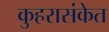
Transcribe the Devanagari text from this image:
कुहरासंकेत